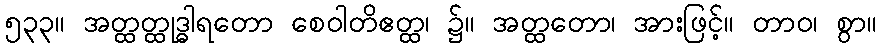
၅၃၃။ အတ္ထတ္ထုဒ္ဓါရတော စေဝါတိဧတ္ထ၊ ၌။ အတ္ထတော၊ အားဖြင့်။ တာဝ၊ စွာ။